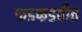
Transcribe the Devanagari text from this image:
फडफडवीत